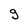
Character: g